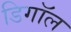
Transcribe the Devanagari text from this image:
डिगॉल